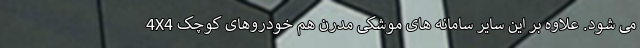
می شود. علاوه بر این سایر سامانه های موشکی مدرن هم خودروهای کوچک 4X4